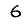
Digit: 6